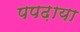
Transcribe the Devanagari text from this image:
पपढ़ाया